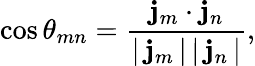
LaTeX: \cos\theta_{mn}=\frac{{\mathbf j}_{m}\cdot{\mathbf j}_{n}}{|\, {\mathbf j}_{m}\, |\, |\, {\mathbf j}_{n}\, |},